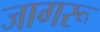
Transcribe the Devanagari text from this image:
जागरू